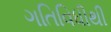
ગતિવિધીથી